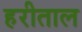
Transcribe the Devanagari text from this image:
हरीताल